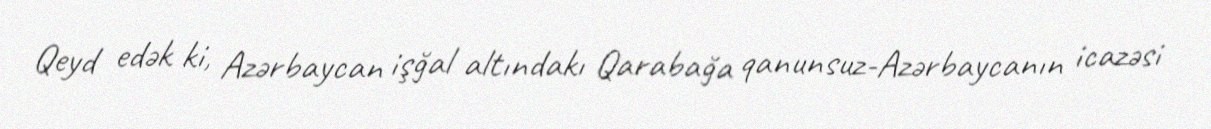
Qeyd edək ki, Azərbaycan işğal altındakı Qarabağa qanunsuz-Azərbaycanın icazəsi